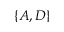
\{ A , D \}